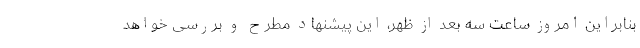
بنابراین امروز ساعت سه بعد از ظهر، این پیشنهاد مطرح و بررسی خواهد